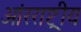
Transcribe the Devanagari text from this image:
आंरराष्ट्रीय